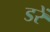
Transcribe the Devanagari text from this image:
डरें